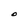
Character: O